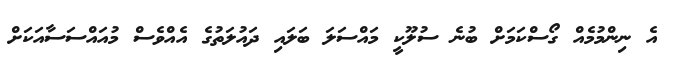
އެ ނިންމުމެއް ގޯސްކަމަށް ބުނެ ސުލޫކީ މައްސަލަ ބަލައި ދައުލަތުގެ އެއްވެސް މުއައްސަސާއަކަށް